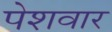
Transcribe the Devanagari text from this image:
पेशवार